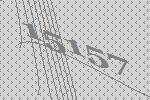
15157